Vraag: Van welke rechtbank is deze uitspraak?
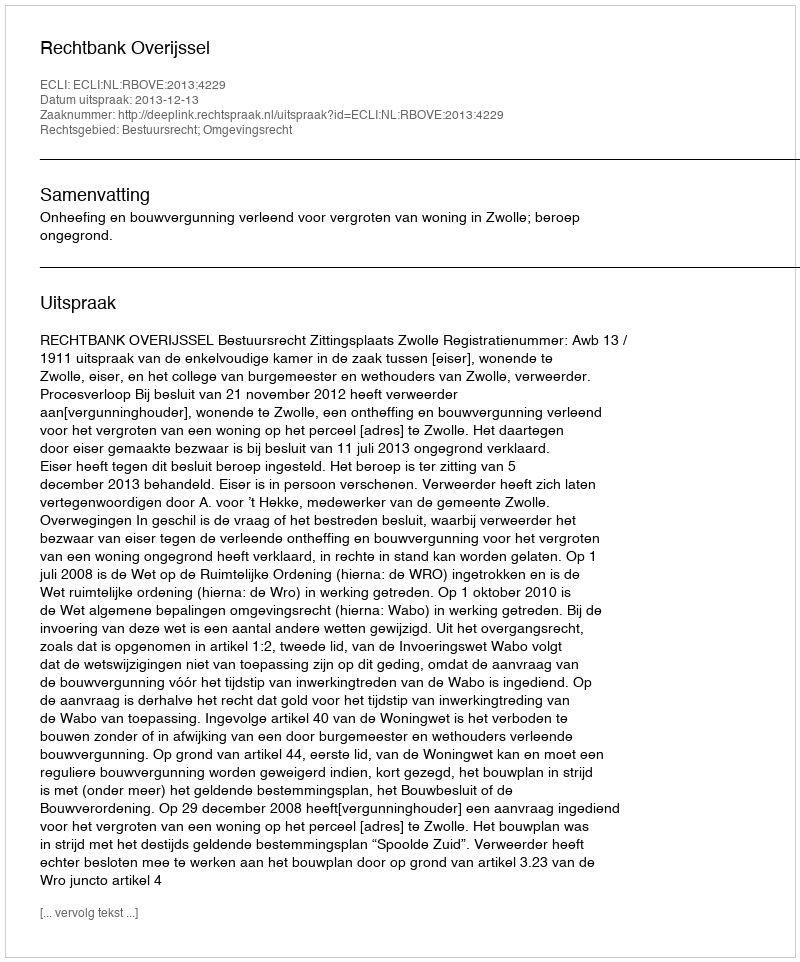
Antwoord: Rechtbank Overijssel